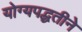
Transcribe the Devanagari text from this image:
योग्यपद्धतीने